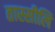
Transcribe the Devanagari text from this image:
तास्सीलि